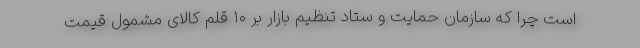
است چرا که سازمان حمایت و ستاد تنظیم بازار بر ۱۰ قلم کالای مشمول قیمت